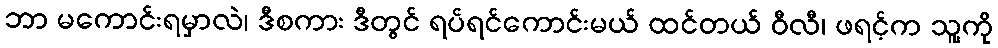
ဘာ မကောင်းရမှာလဲ၊ ဒီစကား ဒီတွင် ရပ်ရင်ကောင်းမယ် ထင်တယ် ဝီလီ၊ ဖရင့်က သူ့ကို